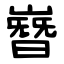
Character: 嶜